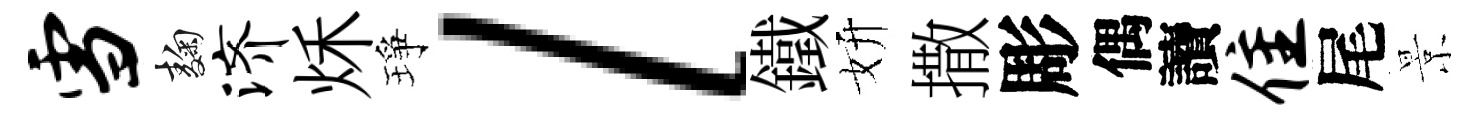
雪麹济秌琤l鐵妍撒彫偶讀隹尾景